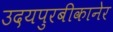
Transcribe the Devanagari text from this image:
उदयपुरबीकानेर